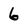
Character: 6